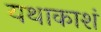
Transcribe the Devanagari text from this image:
यथाकाशं